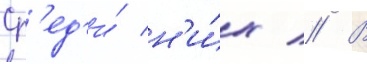
Ср'ед'и́ н'и́х // В